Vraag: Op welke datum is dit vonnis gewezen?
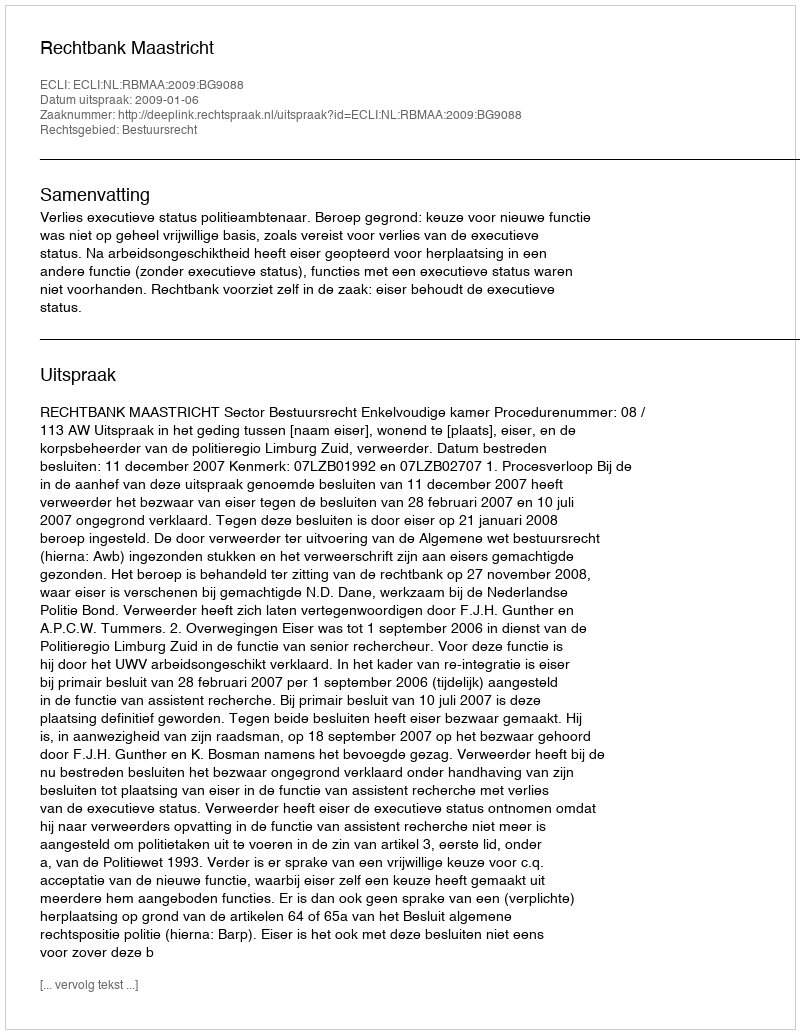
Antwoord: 2009-01-06